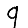
Digit: 9